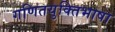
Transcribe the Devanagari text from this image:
गणितयुक्तिभाषा